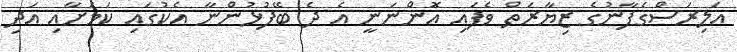
އަލިރަސްގެފާނުގެ ޒިޔާރަތް ވެފައި އޮންނަނީ އެ ދެ ބޭފުޅުންނާ އެކުގައި ކަމަށާއި އަދި